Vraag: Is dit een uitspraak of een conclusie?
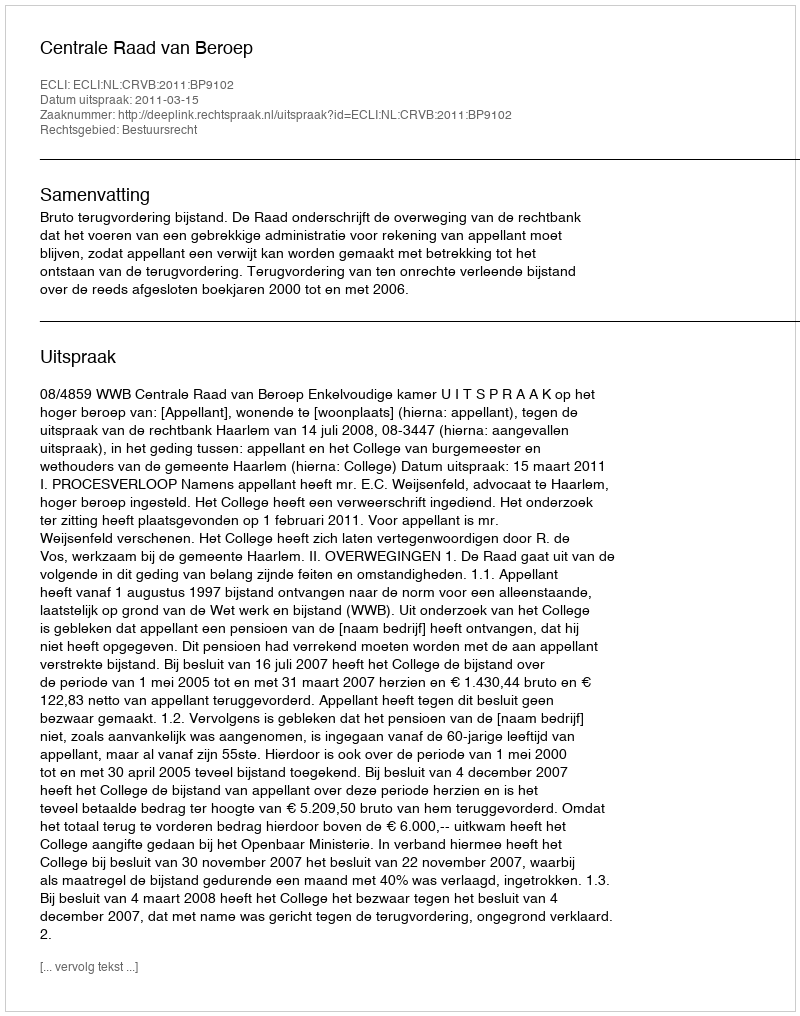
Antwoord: Uitspraak